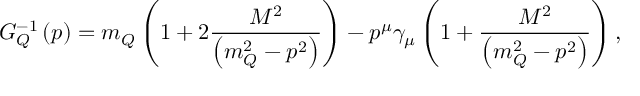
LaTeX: G _ { Q } ^ { - 1 } \left( p \right) = m _ { Q } \left( 1 + 2 \frac { M ^ { 2 } } { \left( m _ { Q } ^ { 2 } - p ^ { 2 } \right) } \right) - p ^ { \mu } \gamma _ { \mu } \left( 1 + \frac { M ^ { 2 } } { \left( m _ { Q } ^ { 2 } - p ^ { 2 } \right) } \right) ,